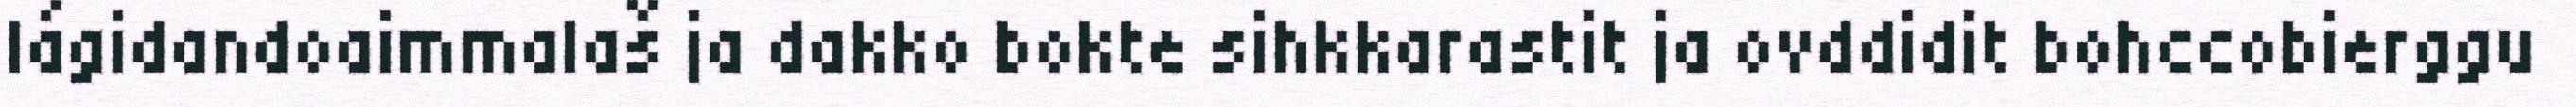
lágidandoaimmalaš ja dakko bokte sihkkarastit ja ovddidit bohccobierggu